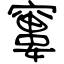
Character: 窶